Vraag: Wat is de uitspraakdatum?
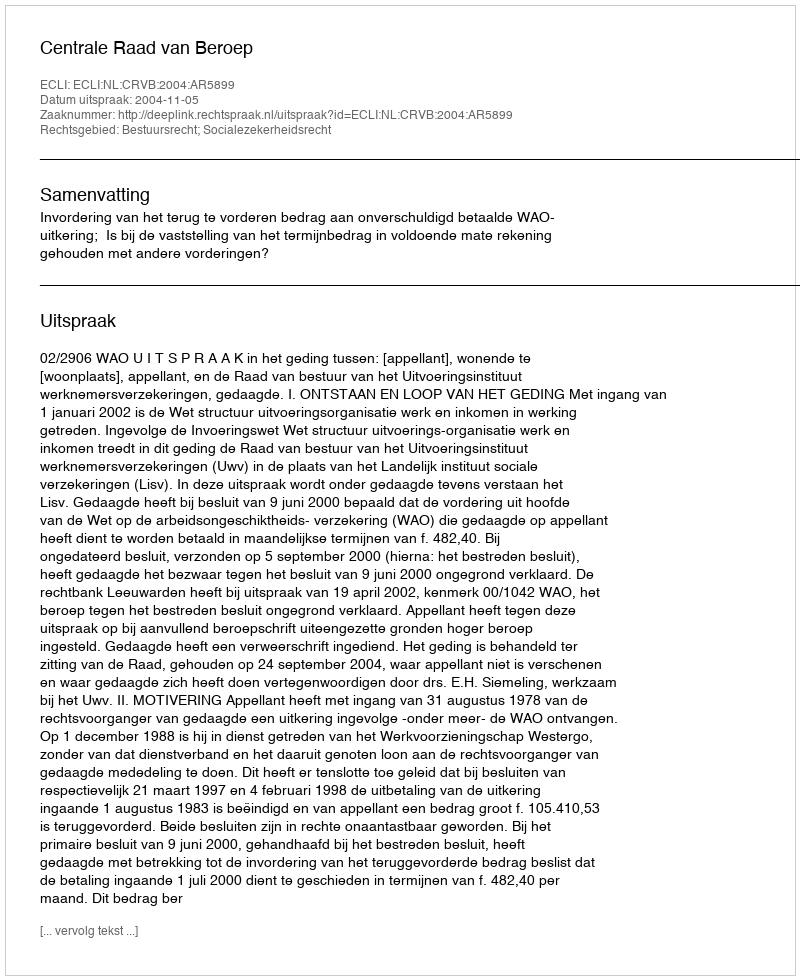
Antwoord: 2004-11-05